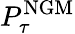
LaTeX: P_{\tau}^{\mathrm{{NGM}}}